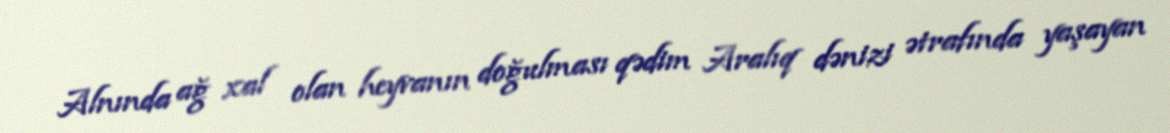
Alnında ağ xal olan heyvanın doğulması qədim Aralıq dənizi ətrafında yaşayan